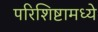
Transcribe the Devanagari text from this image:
परिशिष्टामध्ये